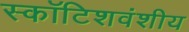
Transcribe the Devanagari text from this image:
स्कॉटिशवंशीय